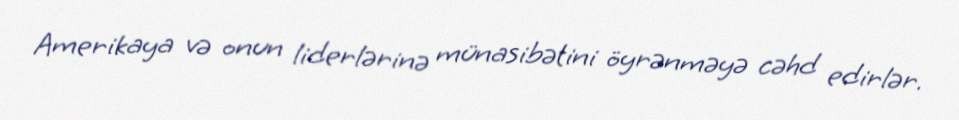
Amerikaya və onun liderlərinə münasibətini öyrənməyə cəhd edirlər.